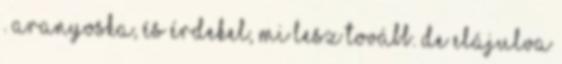
. Aranyoska, és érdekel, mi lesz tovább. De elájulva